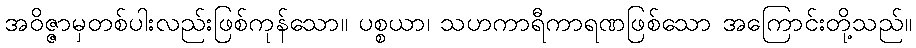
အဝိဇ္ဇာမှတစ်ပါးလည်းဖြစ်ကုန်သော။ ပစ္စယာ၊ သဟကာရီကာရဏဖြစ်သော အကြောင်းတို့သည်။